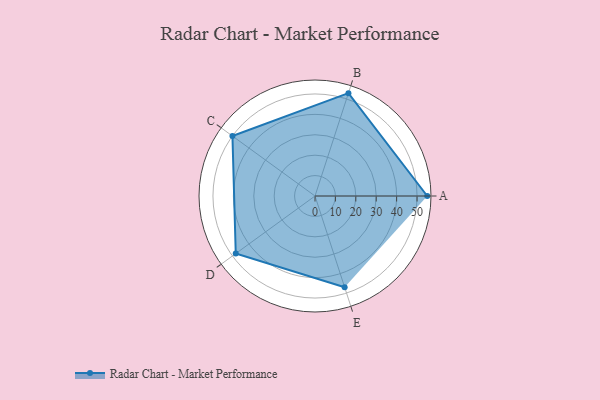
{"axis": {"x": "Skill", "y": "Score"}, "legend": ["Profile"], "data": [{"x": "A", "y": 55.0, "type": "Profile"}, {"x": "B", "y": 53.0, "type": "Profile"}, {"x": "C", "y": 50.0, "type": "Profile"}, {"x": "D", "y": 48.0, "type": "Profile"}, {"x": "E", "y": 47.0, "type": "Profile"}]}